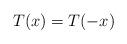
LaTeX: \begin{align*}T(x)=T(-x)\end{align*}